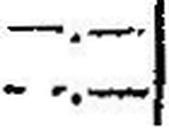
—.—